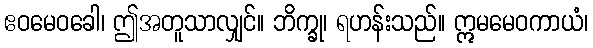
ဧဝမေဝခေါ၊ ဤအတူသာလျှင်။ ဘိက္ခု၊ ရဟန်းသည်။ ဣမမေဝကာယံ၊